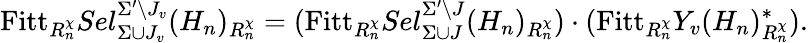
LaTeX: \mathrm{Fitt}_{R_{n}^{\chi}}Sel_{\Sigma\cup J_{v}}^{\Sigma^{\prime}\setminus J_{v}}(H_{n})_{R_{n}^{\chi}}=(\mathrm{Fitt}_{R_{n}^{\chi}}Sel_{\Sigma\cup J}^{\Sigma^{\prime}\setminus J}(H_{n})_{R_{n}^{\chi}})\cdot(\mathrm{Fitt}_{R_{n}^{\chi}}Y_{v}(H_{n})_{R_{n}^{\chi}}^{\ast}).